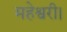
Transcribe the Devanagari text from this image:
महेश्वरी।